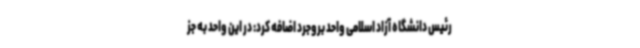
رئیس دانشگاه آزاد اسلامی واحد بروجرد اضافه کرد: در این واحد به جز